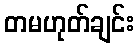
တမဟုတ်ချင်း